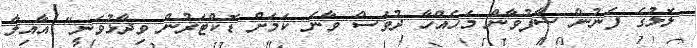
ލޮލުގެ ފެނުން ސާފުވާން މަހެއްހާ ދުވަސް ވާނެ ކަމަށް ޑޮކްޓަރުން ވިދާޅުވަނީ" އާއިލާ